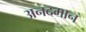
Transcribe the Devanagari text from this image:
अनदमान